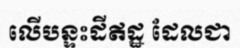
លើបន្ទះដីឥដ្ឋ ដែលជា